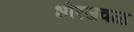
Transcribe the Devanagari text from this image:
भोरजवळ